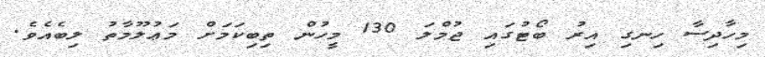
މިހާދިސާ ހިނގި އިރު ބޯޓުގައި ޖުމްލަ 130 މީހުން ތިބިކަމަށް މަޢުލޫމާތު ލިބެއެވެ.